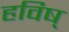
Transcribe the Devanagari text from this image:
हविष्